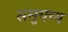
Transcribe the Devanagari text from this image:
समुचच्य